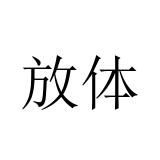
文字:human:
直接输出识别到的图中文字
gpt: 放体